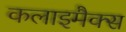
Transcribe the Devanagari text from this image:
कलाइमैक्स